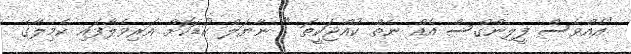
"އެއްވެސް ފީލިންގްސް އެއް ނެތް ކުއްޖަކީތަ " ނާޔަލް ކުޑަކޮށް އަރިވެލާފައި ކެމިލާގެ